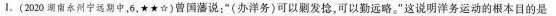
1.(2020永州宁远期中，6，★★☆)曾国藩说：”(办洋务)可以剿发捻，可以勤远略。”这说明洋务运动的根本目的是